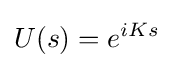
U(s)=e^{iKs}